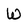
Character: w